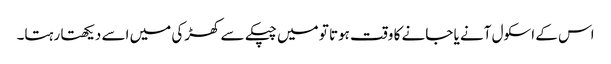
اس کے اسکول آنے یا جانے کا وقت ہوتا تو میں چپکے سے کھڑکی میں اسے دیکھتا رہتا۔